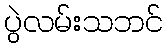
ပွဲလမ်းသဘင်